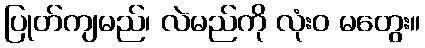
ပြုတ်ကျမည်၊ လဲမည်ကို လုံးဝ မတွေး။